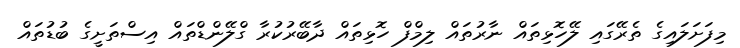
މިފަށަލައިގެ ތެރޭގައި ލޭހޮޅިތައް ނާރުތައް ލިމްފް ހޮޅިތައް ދާބޭރުކުރާ ގްލޭންޑްތައް އިސްތަށީގެ ބުޑުތައް